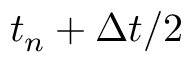
t _ { n } + \Delta t / 2